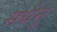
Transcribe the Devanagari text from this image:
सधेनु